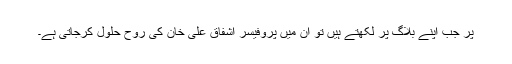
پر جب اپنے بلاگ پر لکھتے ہیں تو ان میں پروفیسر اشفاق علی خان کی روح حلول کرجاتی ہے۔